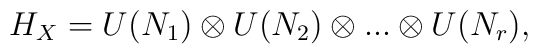
H_X=U(N_1)\otimes U(N_2)\otimes...\otimes U(N_r),